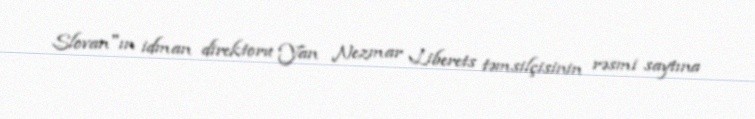
Slovan"ın idman direktoru Yan Nezmar Liberets təmsilçisinin rəsmi saytına